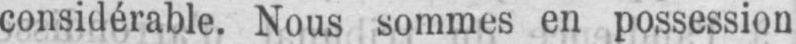
considérable. Nous sommes en possession